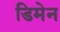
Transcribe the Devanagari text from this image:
डिमेन